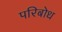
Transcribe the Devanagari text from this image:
परिबोध